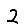
Digit: 2